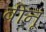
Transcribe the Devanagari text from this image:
बीनू